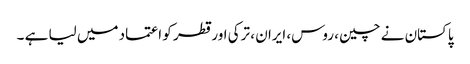
پاکستان نے چین ، روس، ایران ، ترکی اور قطر کو اعتماد میں لیا ہے ۔